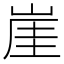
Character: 崖